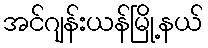
အင်ဂျန်းယန်မြို့နယ်